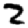
Digit: 2